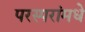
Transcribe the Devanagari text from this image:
परस्‍परांमधे